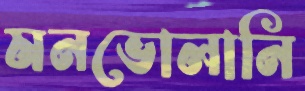
মনভোলানি